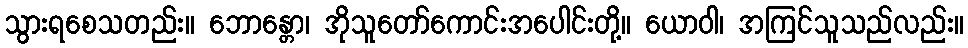
သွားရစေသတည်း။ ဘောန္တော၊ အိုသူတော်ကောင်းအပေါင်းတို့။ ယောဝါ၊ အကြင်သူသည်လည်း။